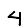
Digit: 4